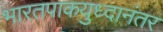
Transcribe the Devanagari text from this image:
भारतपाकयुध्दानंतर